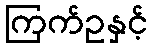
ကြက်ဥနှင့်